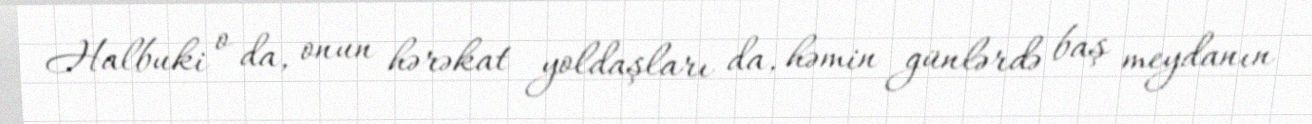
Halbuki o da, onun hərəkat yoldaşları da, həmin günlərdə baş meydanın